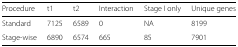
| Procedure | t1 | t2 | Interaction | Stage I only | Unique genes |
 | --- | --- | --- | --- | --- | --- |
 | Standard | 7125 | 6589 | 0 | NA | 8199 |
 | Stage-wise | 6890 | 6574 | 665 | 85 | 7901 |